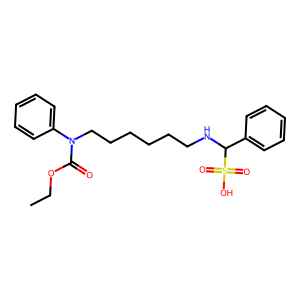
SMILES: CCOC(=O)N(CCCCCCNC(c1ccccc1)S(=O)(=O)O)c1ccccc1
Inhibits HIV replication: No